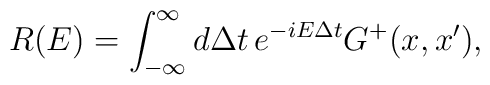
R(E)=\int_{-\infty}^{\infty} d\Delta t\,e^{-iE\Delta t}G^{+}(x,x'),